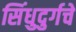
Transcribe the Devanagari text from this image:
सिंधुदुर्गचे